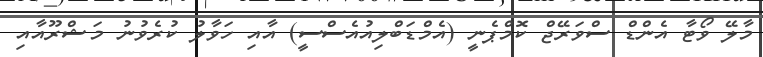
މާލޭ ވޯޓާ އެންޑް ސްވަރޭޖް ކޮމްޕެނީ (އެމްޑަބްލިއުއެސްސީ) އާއި ހަވާލު ކުރެވުނު މަޝްރޫއާއި